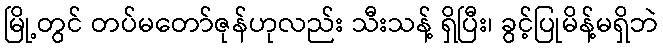
မြို့တွင် တပ်မတော်ဇုန်ဟုလည်း သီးသန့် ရှိပြီး၊ ခွင့်ပြုမိန့်မရှိဘဲ